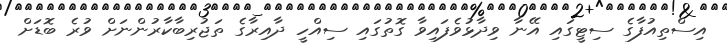
އިސްތިއުފާގެ ސިޓީގައި އޭނާ ވިދާޅުވެފައިވާ ގޮތުގައި ސިއްހީ ދާއިރާގެ ތަޖުރިބާކާރުންނަށް ވުރެ ބޮޑަށް